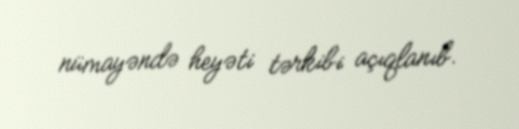
nümayəndə heyəti tərkibi açıqlanıb.